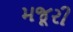
મજૂરી